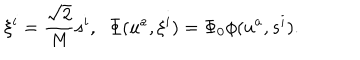
\xi ^ { i } = \frac { \sqrt { 2 } } { M } s ^ { i } , \; \; \Phi ( u ^ { a } , \xi ^ { i } ) = \Phi _ { 0 } \phi ( u ^ { a } , s ^ { i } ) .